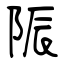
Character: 陙